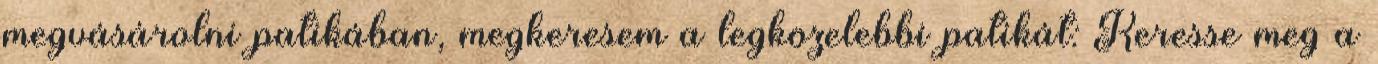
megvásárolni patikában, megkeresem a legközelebbi patikát: Keresse meg a